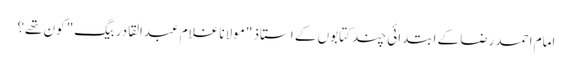
امام احمدرضا کے ابتدائی چند کتابوں کے استاذ "مولانا غلام عبدالقادر بیگ" کون تھے؟